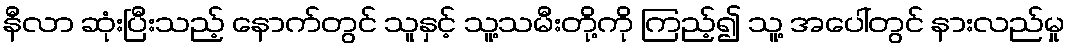
နီလာ ဆုံးပြီးသည့် နောက်တွင် သူနှင့် သူ့သမီးတို့ကို ကြည့်၍ သူ့ အပေါ်တွင် နားလည်မှု